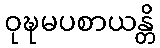
ဝုဍ္ဎမပစာယန္တိ